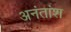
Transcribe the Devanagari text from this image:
अनंतांश